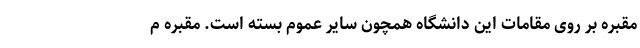
مقبره بر روی مقامات این دانشگاه همچون سایر عموم بسته است. مقبره م